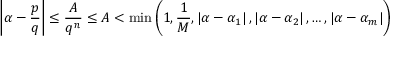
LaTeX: \left| \alpha - { \frac { p } { q } } \right| \leq { \frac { A } { q ^ { n } } } \leq A < \operatorname* { m i n } \left( 1 , { \frac { 1 } { M } } , \left| \alpha - \alpha _ { 1 } \right| , \left| \alpha - \alpha _ { 2 } \right| , \ldots , \left| \alpha - \alpha _ { m } \right| \right)